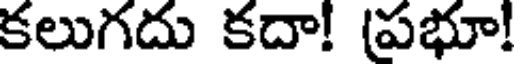
కలుగదు కదా! (పభూ!